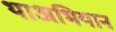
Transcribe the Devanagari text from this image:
थाअभियान